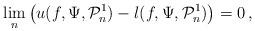
LaTeX: \begin{align*}\lim_{n} \big( u(f,\Psi,\mathcal { P}_n^1) - l(f,\Psi, \mathcal {P}_n^1)\big) = 0\,,\end{align*}